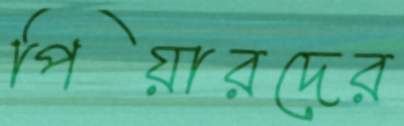
পিয়ারদের